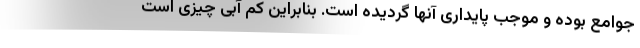
جوامع بوده و موجب پایداری آنها گردیده است. بنابراین کم آبی چیزی است